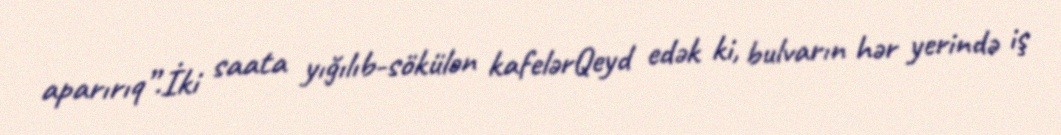
aparırıq”.İki saata yığılıb-sökülən kafelərQeyd edək ki, bulvarın hər yerində iş